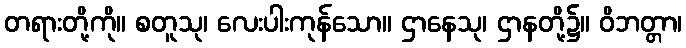
တရားတို့ကို။ စတူသု၊ လေးပါးကုန်သော။ ဌာနေသု၊ ဌာနတို့၌။ ဝိဘတ္တာ၊